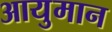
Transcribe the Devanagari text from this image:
आयुमान